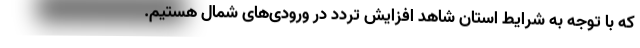
که با توجه به شرایط استان شاهد افزایش تردد در ورودی‌های شمال هستیم.